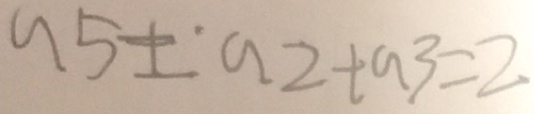
a 5 \pm a 2 + a 3 = 2